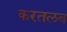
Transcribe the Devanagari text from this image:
करतलब